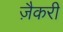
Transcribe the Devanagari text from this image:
ज़ैकरी